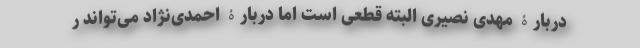
دربارۀ مهدی نصیری البته قطعی است اما دربارۀ احمدی‌نژاد می‌تواند ر